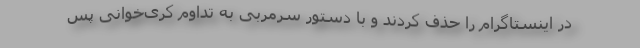
در اینستاگرام را حذف کردند و با دستور سرمربی به تداوم کری‌خوانی پس